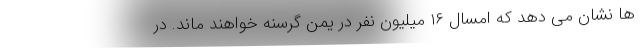
ها نشان می دهد که امسال ۱۶ میلیون نفر در یمن گرسنه خواهند ماند. در